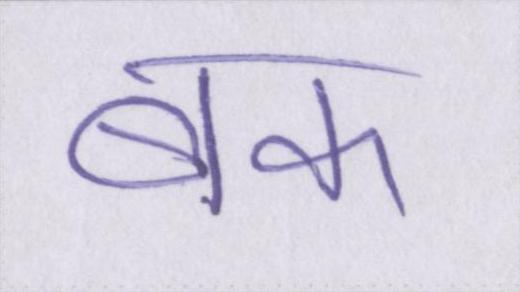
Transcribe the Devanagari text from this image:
बक